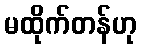
မထိုက်တန်ဟု